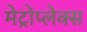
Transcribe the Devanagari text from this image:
मेट्रोप्लेक्स